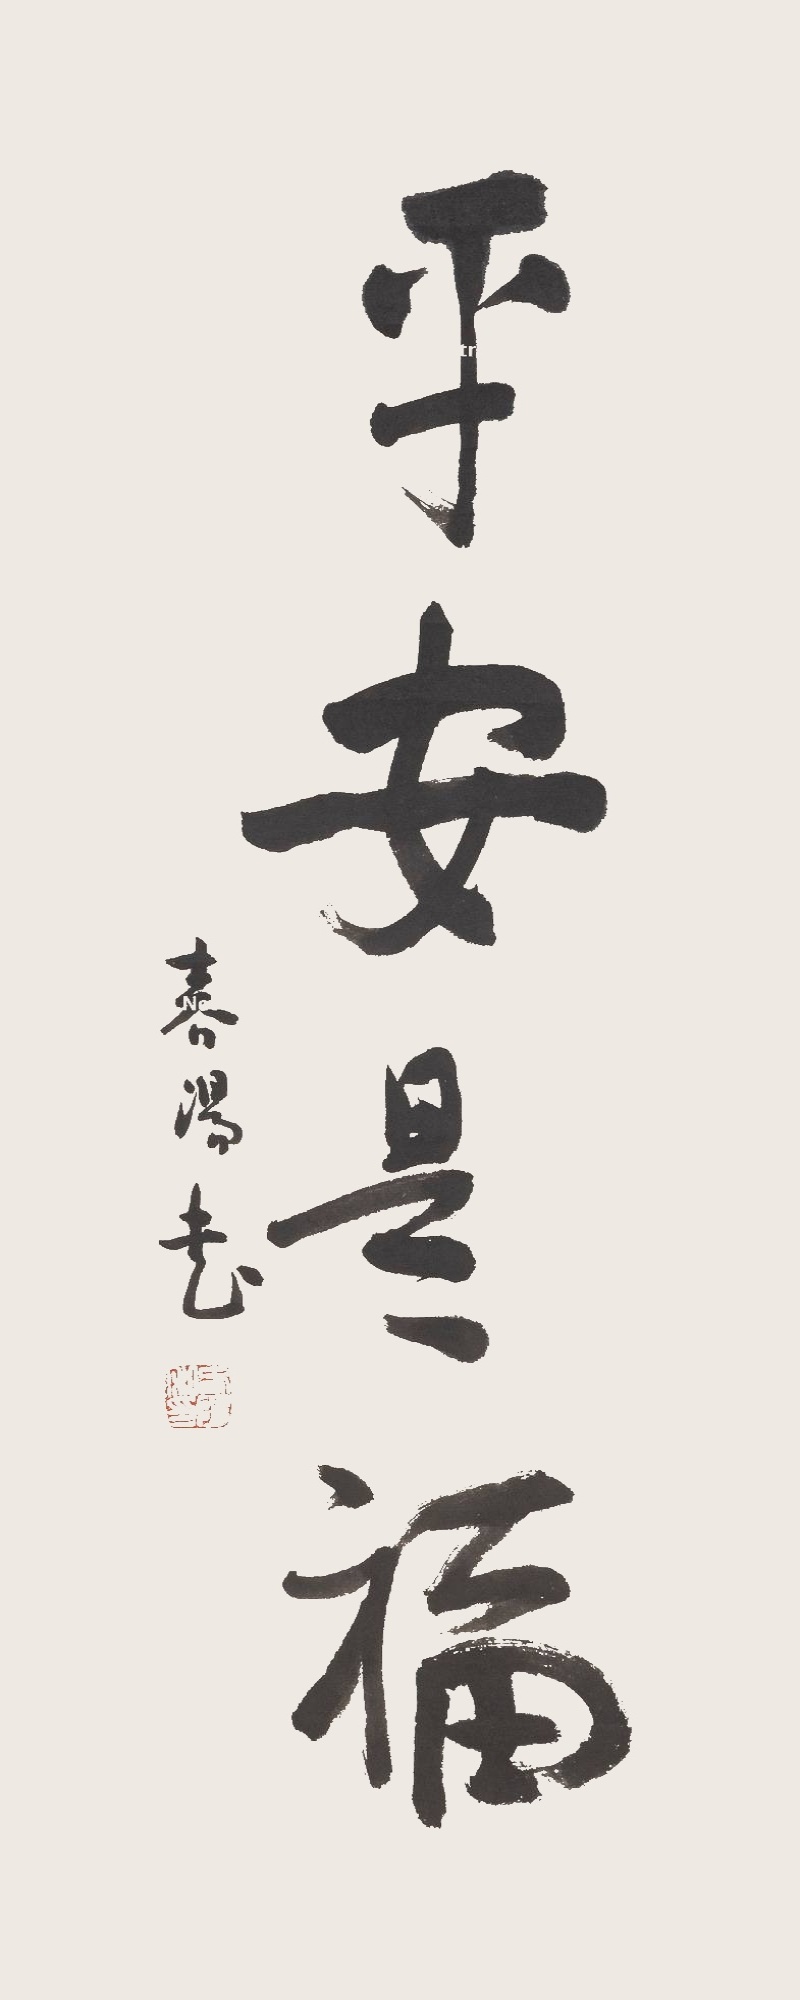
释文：平安是福霍春阳